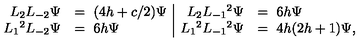
\begin{array} { r l | r l } { L _ { 2 } L _ { - 2 } \Psi } & { = \ ( 4 h + c / 2 ) \Psi } & { L _ { 2 } L _ { - 1 } { } ^ { 2 } \Psi } & { = \ 6 h \Psi } \\ { L _ { 1 } { } ^ { 2 } L _ { - 2 } \Psi } & { = \ 6 h \Psi } & { L _ { 1 } { } ^ { 2 } L _ { - 1 } { } ^ { 2 } \Psi } & { = \ 4 h ( 2 h + 1 ) \Psi , } \\ \end{array}